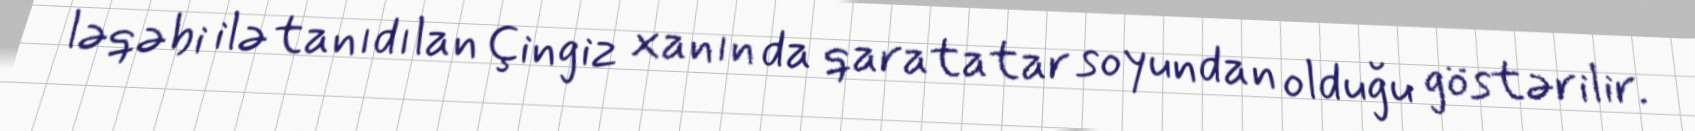
ləqəbi ilə tanıdılan Çingiz xanın da qaratatar soyundan olduğu göstərilir.